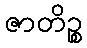
ဇာတိဉ္စ